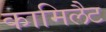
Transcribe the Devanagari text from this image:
कामिलैट